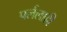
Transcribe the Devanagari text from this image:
पर्ललाही